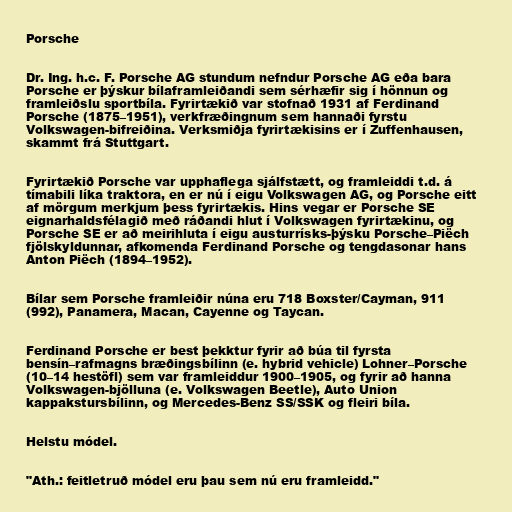
Porsche

Dr. Ing. h.c. F. Porsche AG stundum nefndur Porsche AG eða bara
Porsche er þýskur bílaframleiðandi sem sérhæfir sig í hönnun og
framleiðslu sportbíla. Fyrirtækið var stofnað 1931 af Ferdinand
Porsche (1875–1951), verkfræðingnum sem hannaði fyrstu
Volkswagen-bifreiðina. Verksmiðja fyrirtækisins er í Zuffenhausen,
skammt frá Stuttgart.

Fyrirtækið Porsche var upphaflega sjálfstætt, og framleiddi t.d. á
tímabili líka traktora, en er nú í eigu Volkswagen AG, og Porsche eitt
af mörgum merkjum þess fyrirtækis. Hins vegar er Porsche SE
eignarhaldsfélagið með ráðandi hlut í Volkswagen fyrirtækinu, og
Porsche SE er að meirihluta í eigu austurrísks-þýsku Porsche–Piëch
fjölskyldunnar, afkomenda Ferdinand Porsche og tengdasonar hans
Anton Piëch (1894–1952).

Bílar sem Porsche framleiðir núna eru 718 Boxster/Cayman, 911
(992), Panamera, Macan, Cayenne og Taycan.

Ferdinand Porsche er best þekktur fyrir að búa til fyrsta
bensín–rafmagns bræðingsbílinn (e. hybrid vehicle) Lohner–Porsche
(10–14 hestöfl) sem var framleiddur 1900–1905, og fyrir að hanna
Volkswagen-bjölluna (e. Volkswagen Beetle), Auto Union
kappakstursbílinn, og Mercedes-Benz SS/SSK og fleiri bíla.

Helstu módel.

"Ath.: feitletruð módel eru þau sem nú eru framleidd."